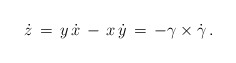
\begin{align*}\dot{z} \,=\, y \, \dot{x} \,-\, x \, \dot{y} \,=\, -\gamma\times\dot{\gamma}\,.\end{align*}